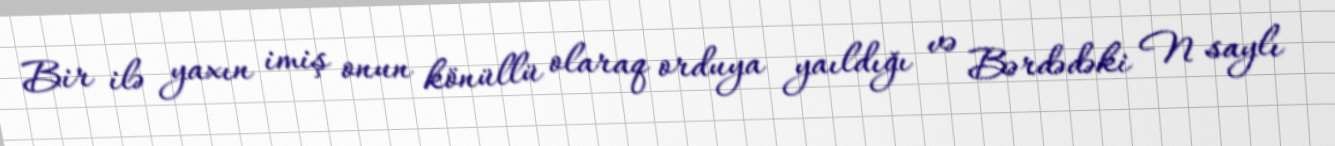
Bir ilə yaxın imiş onun könüllü olaraq orduya yaıldığı və Bərdədəki N saylı